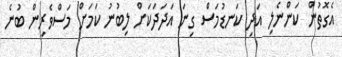
އެގޮތުން ކަންނެލި އަދި ކަނޑުމަސް ގިނަ އަދަދަކަށް ލިބުނު ކަމަށް މަސްވެރިން ބުނެ